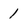
Character: 1